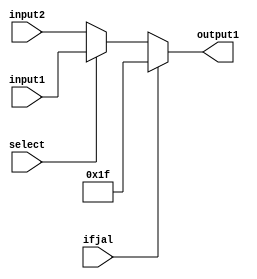
module muxWriteReg(
    input [4:0] input1,
    input [4:0] input2,
    input select,
    input ifjal,
    output reg [4:0] output1
    );
    initial begin
    output1=0;
    end
    always @(*)
    begin
        if(ifjal)
            output1=5'b11111;
        else
            output1=select?input1:input2;
    end
endmodule